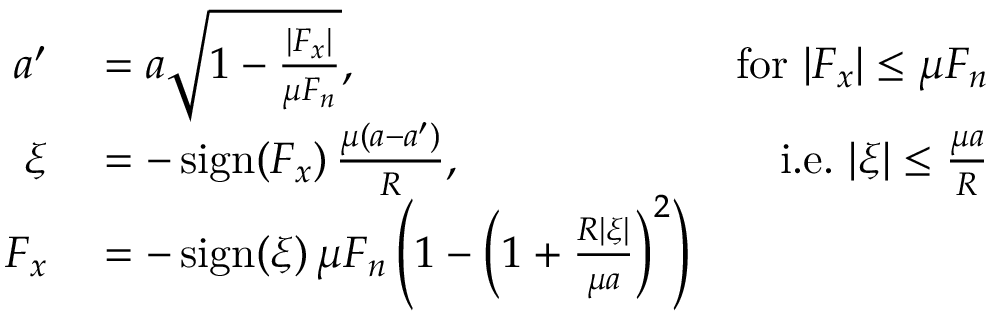
\begin{array} { r l r } { a ^ { \prime } } & { { } = a { \sqrt { 1 - { \frac { | F _ { x } | } { \mu F _ { n } } } } } , } & { { \mathrm { f o r ~ } } | F _ { x } | \leq \mu F _ { n } } \\ { \xi } & { { } = - \operatorname { s i g n } ( F _ { x } ) \, { \frac { \mu ( a - a ^ { \prime } ) } { R } } , } & { { \mathrm { i . e . ~ } } | \xi | \leq { \frac { \mu a } { R } } } \\ { F _ { x } } & { { } = - \operatorname { s i g n } ( \xi ) \, \mu F _ { n } \left( 1 - \left( 1 + { \frac { R | \xi | } { \mu a } } \right) ^ { 2 } \right) } \end{array}